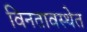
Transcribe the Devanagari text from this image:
विनतावस्थेत